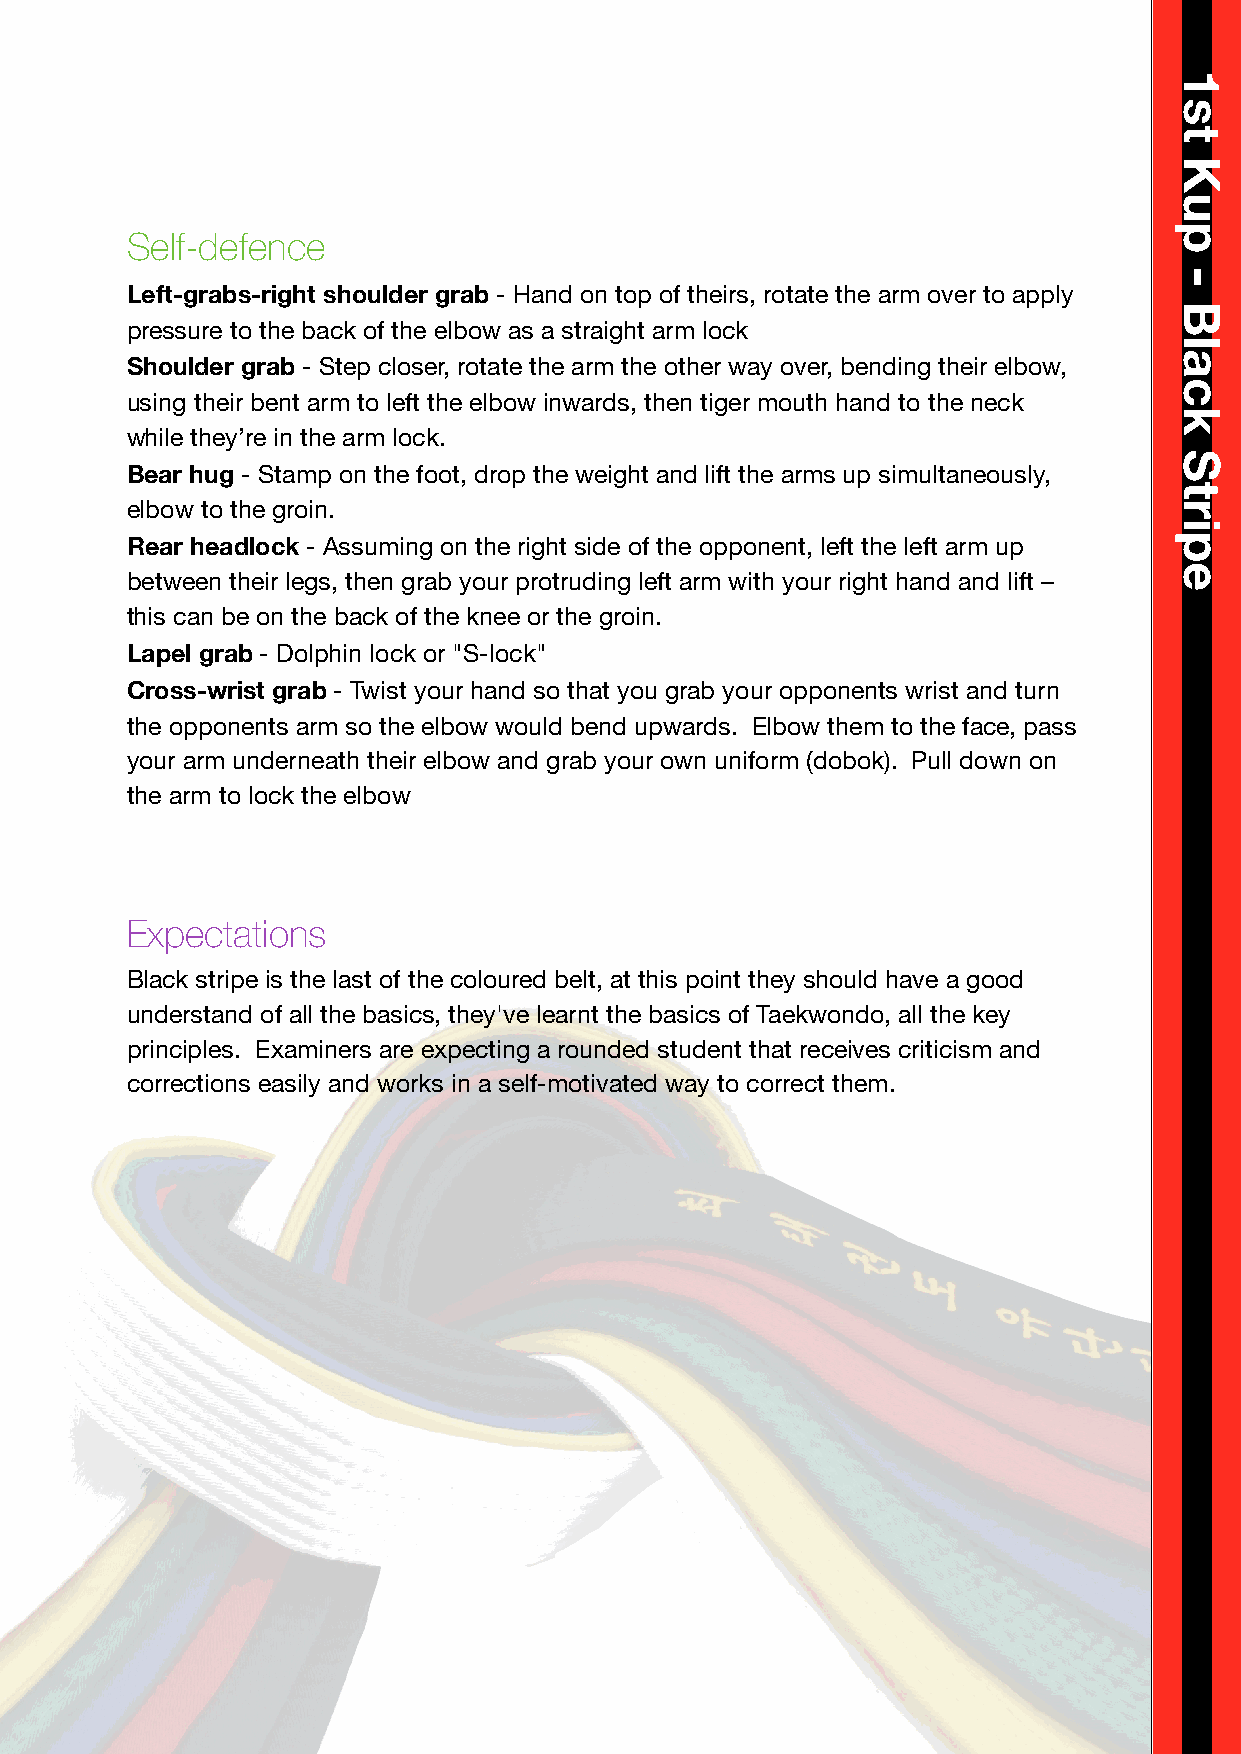
Self-defence
 Left-grabs-right shoulder grab - Hand on top of theirs, rotate the arm over to apply
 pressure to the back of the elbow as a straight arm lock
 Shoulder grab - Step closer, rotate the arm the other way over, bending their elbow,
 using their bent arm to left the elbow inwards, then tiger mouth hand to the neck
 while they’re in the arm lock.
 Bear hug - Stamp on the foot, drop the weight and lift the arms up simultaneously,
 elbow to the groin.
 Rear headlock - Assuming on the right side of the opponent, left the left arm up
 between their legs, then grab your protruding left arm with your right hand and lift –
 this can be on the back of the knee or the groin.
 Lapel grab - Dolphin lock or "S-lock"
 Cross-wrist grab - Twist your hand so that you grab your opponents wrist and turn
 the opponents arm so the elbow would bend upwards. Elbow them to the face, pass
 your arm underneath their elbow and grab your own uniform (dobok). Pull down on
 the arm to lock the elbow
 Expectations
 Black stripe is the last of the coloured belt, at this point they should have a good
 understand of all the basics, they've learnt the basics of Taekwondo, all the key
 principles. Examiners are expecting a rounded student that receives criticism and
 corrections easily and works in a self-motivated way to correct them.
 1st
 Kup
 -
 Black
 Stripe